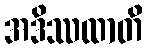
အဒိဿထာတိ